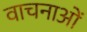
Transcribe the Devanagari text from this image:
वाचनाओं